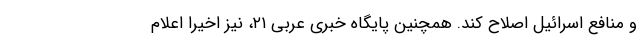
و منافع اسرائیل اصلاح کند. همچنین پایگاه خبری عربی ۲۱، نیز اخیرا اعلام